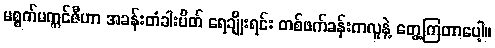
မစ္စက်မက္ကင်ဇီဟာ အခန်းတံခါးပိတ် ရေချိုးရင်း တစ်ဖက်ခန်းကလူနဲ့ တွေ့ကြတာပေါ့။